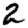
Digit: 2